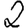
Digit: 2